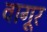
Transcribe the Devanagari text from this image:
वागूर